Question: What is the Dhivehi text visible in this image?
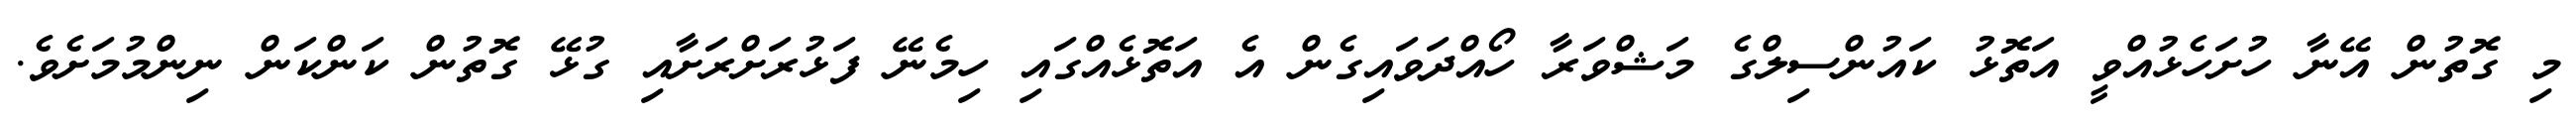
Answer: މި ގޮތުން އޭނާ ހުށަހެޅުއްވީ އަތޮޅު ކައުންސިލްގެ މަޝްވަރާ ހޯއްދަވައިގެން އެ އަތޮޅެއްގައި ހިމެނޭ ފަޅުރަށްރަށާއި ގުޅޭ ގޮތުން ކަންކަން ނިންމުމަށެވެ.